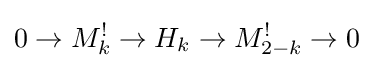
0\to M_{k}^{!}\to H_{k}\to M_{2-k}^{!}\to 0